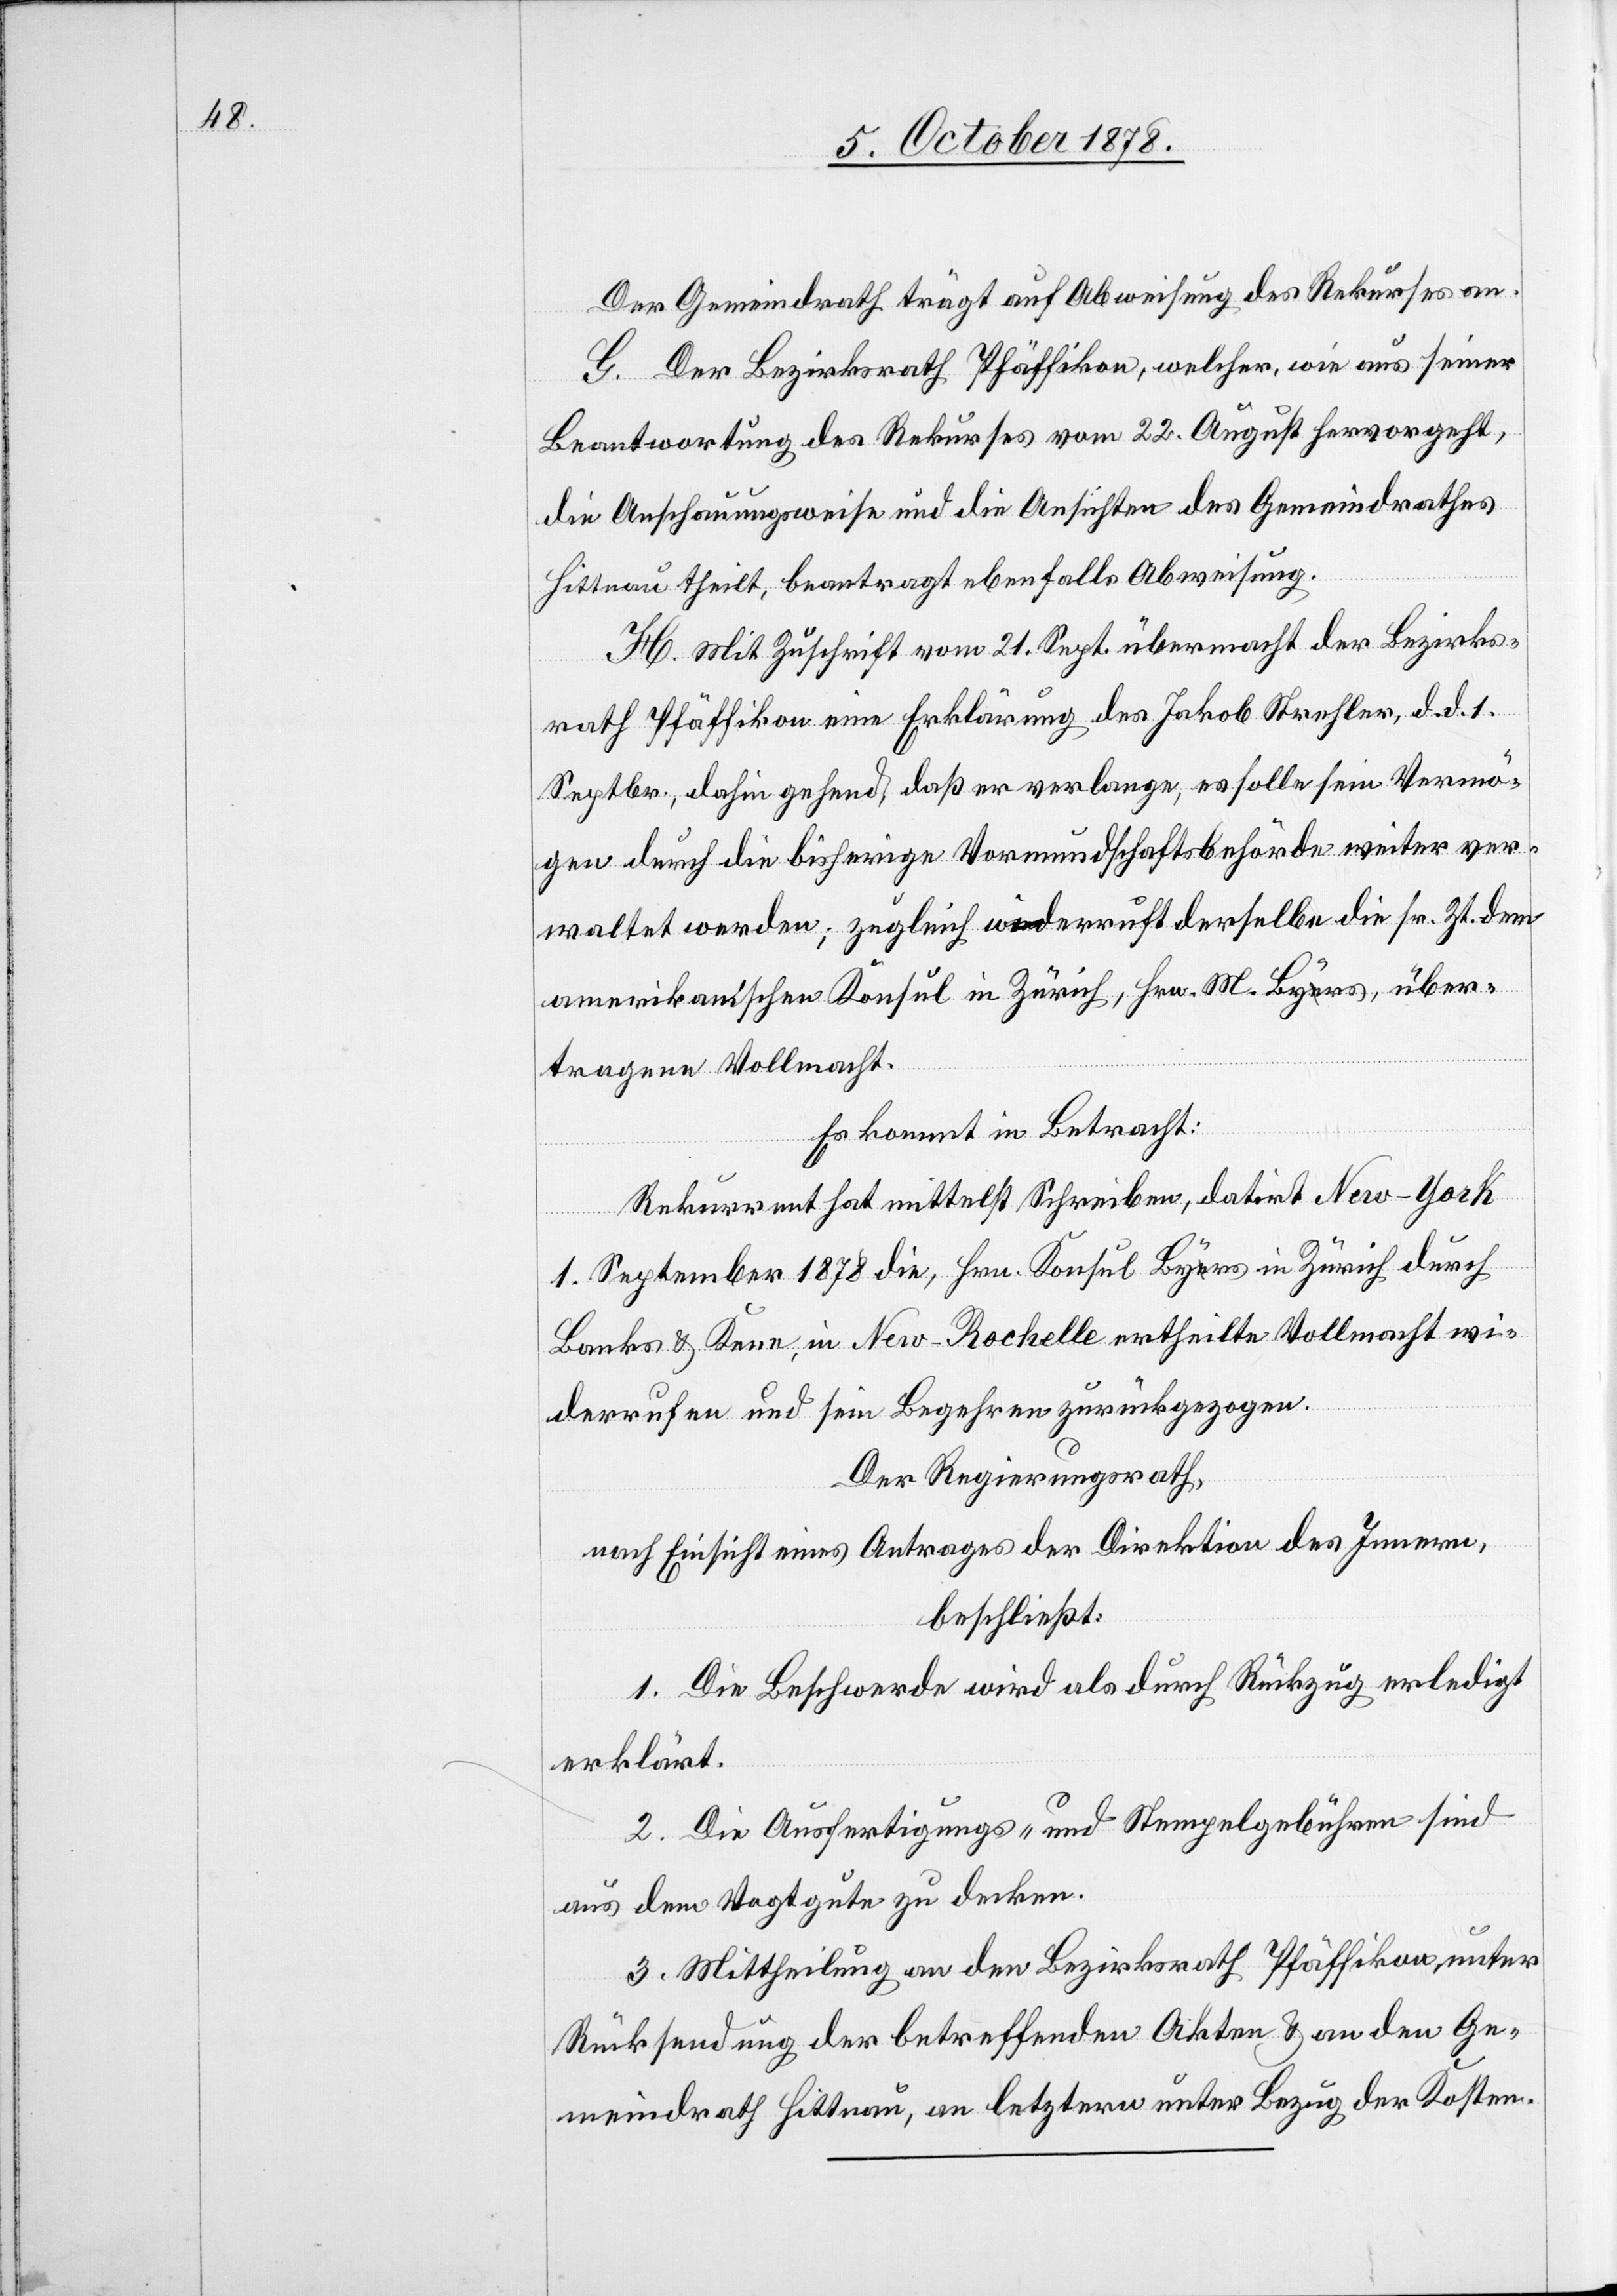
Der Gemeindrath trägt auf Abweisung des Rekurses an.
G. Der Bezirksrath Pfäffikon, welcher, wie aus seiner
Beantwortung des Rekurses vom 22. August hervorgeht,
die Anschauungsweise und die Ansichten des Gemeindrathes
Hittnau theilt, beantragt ebenfalls Abweisung.
H. Mit Zuschrift vom 21. Sept. übermacht der Bezirks¬
rath Pfäffikon eine Erklärung des Jakob Strehler, d. d. 1.
Septbr., dahin gehend, daß er verlange, es solle sein Vermö¬
gen durch die bisherige Vormundschaftsbehörde weiter ver¬
waltet werden; zugleich widerruft derselbe die sr. Zt. dem
amerikanischen Konsul in Zürich, Hrn. M. Byrs. über¬
tragene Vollmacht.
Es kommt in Betracht:
Rekurrent hat mittelst Schreiben, datirt New-York
1. September 1878 die, Hrn. Konsul Byrs in Zürich durch
Banks & Kern, in New-Rochelle ertheilte Vollmacht wie¬
derrufen und sein Begehren zurückgezogen.
Der Regierungsrath,
nach Einsicht eines Antrages der Direktion des Innern,
beschließt:
1. Die Beschwerde wird als durch Rückzug erledigt
erklärt.
2. Die Ausfertigungs- und Stempelgebühren sind
aus dem Vogtgute zu decken.
3. Mittheilung an den Bezirksrath Pfäffikon unter
Rücksendung der betreffenden Akten & an den Ge¬
meindrath Hittnau, an letztern unter Bezug der Kosten.